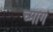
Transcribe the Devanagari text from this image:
च्माग